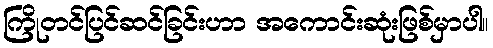
ကြိုတင်ပြင်ဆင်ခြင်းဟာ အကောင်းဆုံးဖြစ်မှာပါ။